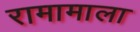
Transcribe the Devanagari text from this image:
रामामाला